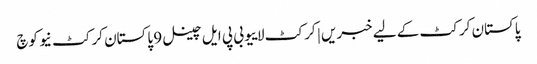
پاکستان کرکٹ کے لیے خبریں | کرکٹ لاییو بی پی ایل چینل 9 پاکستان کرکٹ نیو کوچ